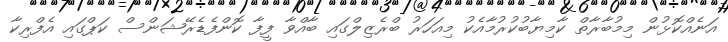
އަނެއްކޮޅުން މިމުބާރާތް ކާމިޔާބުކުރުމާއެކު މިއަހަރު ބްރެޒިލްގައި ބާއްވާ ފީފާ ކޮންފެޑެރޭޝަންސް ކަޕްގައި އެފްރިކާ